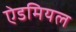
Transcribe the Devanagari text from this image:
ऐडमियल